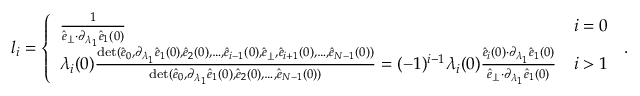
\begin{array} { r } { l _ { i } = \left\{ \begin{array} { l l } { \frac { 1 } { \hat { e } _ { \perp } { \cdot } \partial _ { \lambda _ { 1 } } \hat { e } _ { 1 } ( 0 ) } } & { i = 0 } \\ { \lambda _ { i } ( 0 ) \frac { \operatorname* { d e t } ( \hat { e } _ { 0 } , \partial _ { \lambda _ { 1 } } \hat { e } _ { 1 } ( 0 ) , \hat { e } _ { 2 } ( 0 ) , \dots , \hat { e } _ { i - 1 } ( 0 ) , \hat { e } _ { \perp } , \hat { e } _ { i + 1 } ( 0 ) , \dots , \hat { e } _ { N - 1 } ( 0 ) ) } { \operatorname* { d e t } ( \hat { e } _ { 0 } , \partial _ { \lambda _ { 1 } } \hat { e } _ { 1 } ( 0 ) , \hat { e } _ { 2 } ( 0 ) , \dots , \hat { e } _ { N - 1 } ( 0 ) ) } = ( - 1 ) ^ { i - 1 } \lambda _ { i } ( 0 ) \frac { \hat { e } _ { i } ( 0 ) { \cdot } \partial _ { \lambda _ { 1 } } \hat { e } _ { 1 } ( 0 ) } { \hat { e } _ { \perp } { \cdot } \partial _ { \lambda _ { 1 } } \hat { e } _ { 1 } ( 0 ) } } & { i > 1 } \end{array} \right. \, . } \end{array}